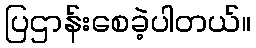
ပြဌာန်းစေခဲ့ပါတယ်။